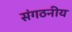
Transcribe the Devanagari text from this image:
संगठनीय